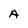
Character: A